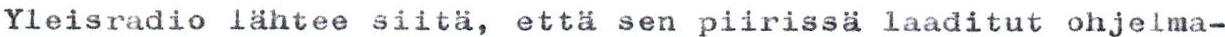
Yleisradio lähtee siitä, että sen piirissä laaditut ohjelma-